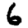
Digit: 6